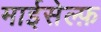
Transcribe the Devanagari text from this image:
माईसेल्फ़